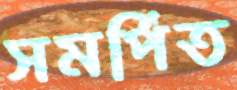
সমর্পিত